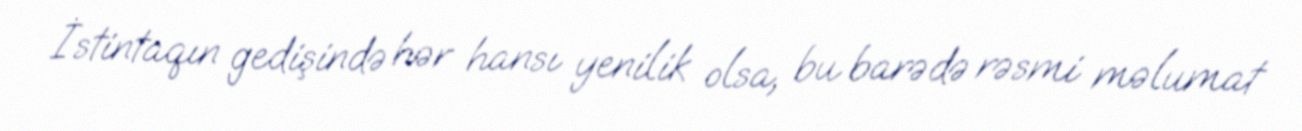
İstintaqın gedişində hər hansı yenilik olsa, bu barədə rəsmi məlumat